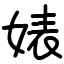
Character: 婊